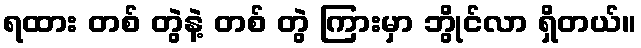
ရထား တစ် တွဲနဲ့ တစ် တွဲ ကြားမှာ ဘွိုင်လာ ရှိတယ်။